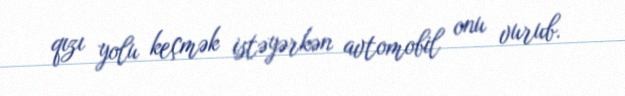
qızı yolu keçmək istəyərkən avtomobil onu vurub.